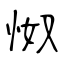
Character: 怓